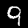
Label: 9